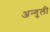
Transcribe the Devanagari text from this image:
अन्गुली